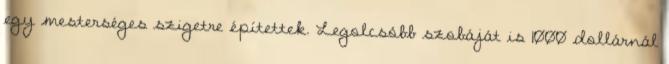
egy mesterséges szigetre építettek. Legolcsóbb szobáját is 1000 dollárnál